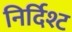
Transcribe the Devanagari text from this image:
निर्दिश्ट